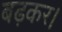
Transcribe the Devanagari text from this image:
बढ़कर।